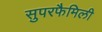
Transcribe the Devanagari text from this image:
सुपरफैमिली